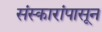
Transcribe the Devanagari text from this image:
संस्कारांपासून